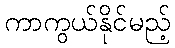
ကာကွယ်နိုင်မည့်